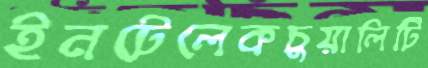
ইনটেলেকচুয়ালিটি